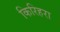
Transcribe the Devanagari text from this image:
किरिहरा